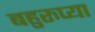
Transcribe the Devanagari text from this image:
बहुरुप्या